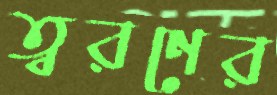
ত্বরণের